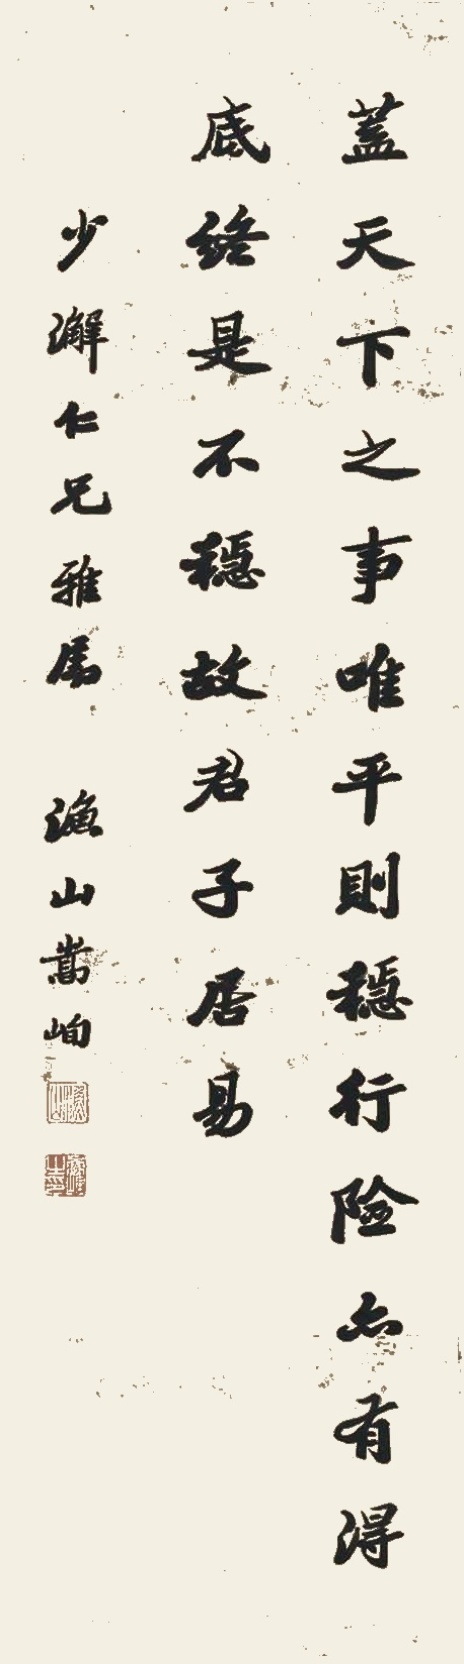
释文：吉凶祸福是天主张，毁誉予夺是……行险亦有得底，终是不稳，故君子居易。少澥仁兄雅属，渔山崇峋。